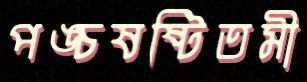
পঙ্চষষ্টিতমী